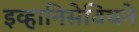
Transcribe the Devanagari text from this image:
इव्हानिसेविचने